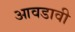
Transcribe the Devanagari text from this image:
आवडावी